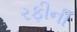
રફીની